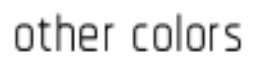
other colors